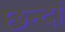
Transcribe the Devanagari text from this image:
छन्दां